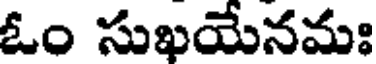
ఓం సుఖయేనమః